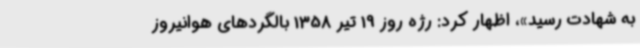
به شهادت رسید»، اظهار کرد: رژه روز 19 تیر 1358 بالگردهای هوانیروز